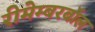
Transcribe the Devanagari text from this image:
रीमेम्बरबॉल